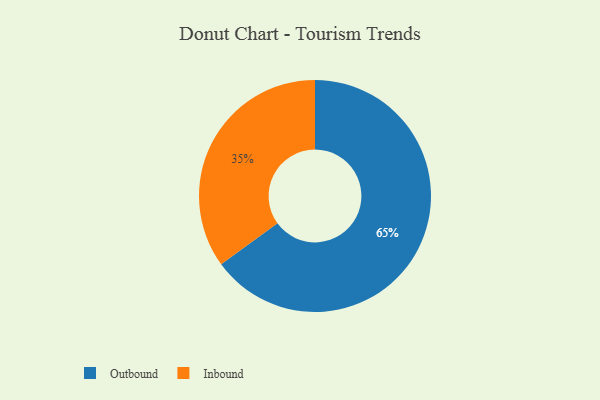
{"axis": {"x": "Category", "y": "Percentage"}, "legend": ["Inbound", "Outbound"], "data": [{"x": "Outbound", "y": 65, "type": "Outbound"}, {"x": "Inbound", "y": 35, "type": "Inbound"}]}